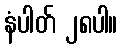
နံပါတ် ၂၈ပါ။